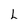
Character: L